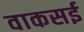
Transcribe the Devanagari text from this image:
वाकसई